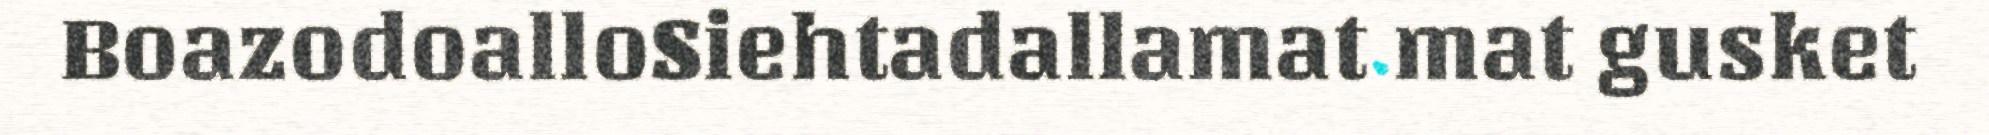
BoazodoalloSiehtadallamat mat gusket